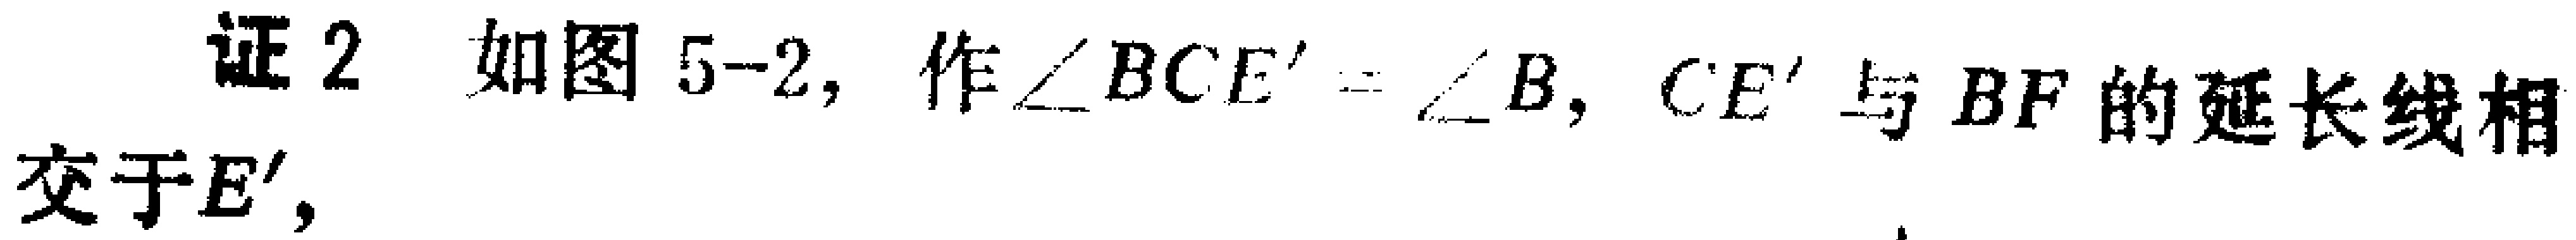
证2 如图5-2，作\(\angle BCE' = \angle B\)，\(CE'\)与\(BF\)的延长线相交于\(E'\)，